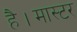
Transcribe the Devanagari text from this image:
है।मास्‍टर